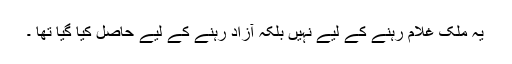
یہ ملک غلام رہنے کے لیے نہیں بلکہ آزاد رہنے کے لیے حاصل کیا گیا تھا ۔